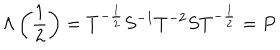
LaTeX: \Lambda \left( \frac { 1 } { 2 } \right) = T ^ { - \frac { 1 } { 2 } } S ^ { - 1 } T ^ { - 2 } S T ^ { - \frac { 1 } { 2 } } = P